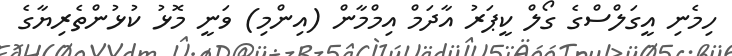
ހިމެނި އީގަލްސްގެ ގޯލް ކީޕަރު އާދަމް އިމްމާން (އިންމި) ވަނީ މޮޅު ކުޅުންތެރިޔާގެ